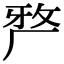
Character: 𭆆